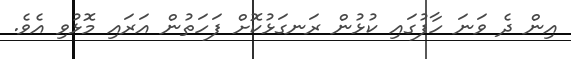
އިން ދެ ވަނަ ހާފުގައި ކުޅުން ރަނގަޅުކޮށް ފަހަތުން އަރައި މޮޅުވި އެވެ.